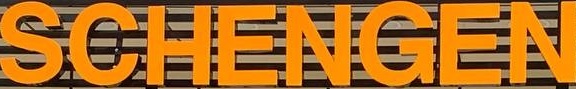
SCHENGEN